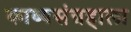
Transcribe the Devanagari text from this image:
काव्यसंग्रहाला